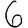
Digit: 6